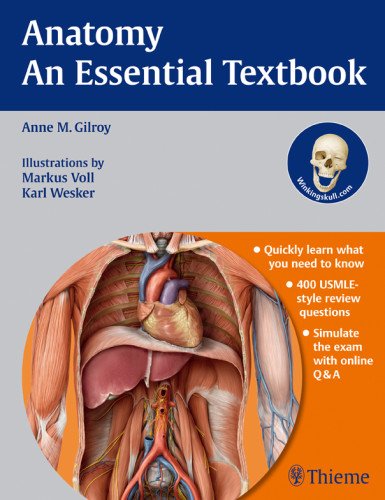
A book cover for Anatomy - An Essential Textbook: An Illustrated Review (Thieme Illustrated Review Series); Anne M Gilroy; Medical Books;